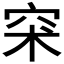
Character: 𥥇